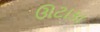
ઊટાકા